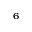
_ 6